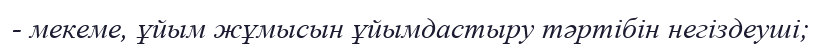
- мекеме, ұйым жұмысын ұйымдастыру тәртібін негіздеуші;